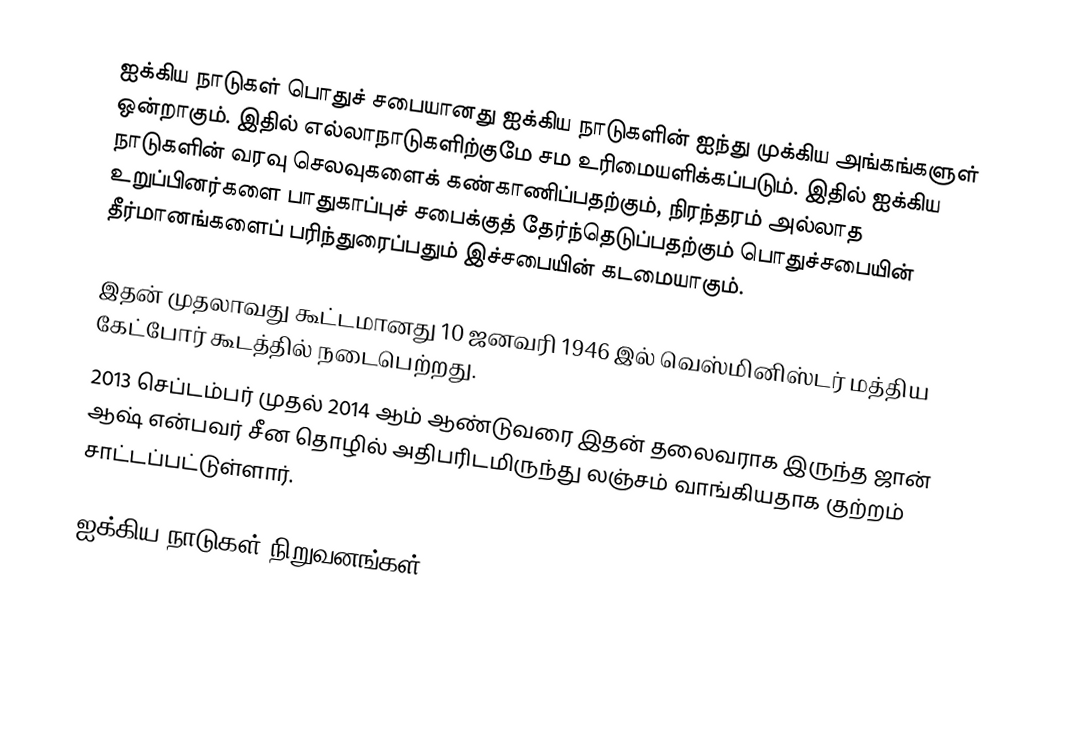
ஐக்கிய நாடுகள் பொதுச் சபையானது ஐக்கிய நாடுகளின் ஐந்து முக்கிய அங்கங்களுள் ஒன்றாகும். இதில் எல்லாநாடுகளிற்குமே சம உரிமையளிக்கப்படும். இதில் ஐக்கிய நாடுகளின் வரவு செலவுகளைக் கண்காணிப்பதற்கும், நிரந்தரம் அல்லாத உறுப்பினர்களை பாதுகாப்புச் சபைக்குத் தேர்ந்தெடுப்பதற்கும் பொதுச்சபையின் தீர்மானங்களைப் பரிந்துரைப்பதும் இச்சபையின் கடமையாகும்.

இதன் முதலாவது கூட்டமானது 10 ஜனவரி 1946 இல் வெஸ்மினிஸ்டர் மத்திய கேட்போர் கூடத்தில் நடைபெற்றது.
2013 செப்டம்பர் முதல் 2014 ஆம் ஆண்டுவரை இதன் தலைவராக இருந்த ஜான் ஆஷ் என்பவர் சீன தொழில் அதிபரிடமிருந்து லஞ்சம் வாங்கியதாக குற்றம் சாட்டப்பட்டுள்ளார்.

ஐக்கிய நாடுகள் நிறுவனங்கள்